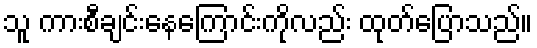
သူ ကားစီချင်းနေကြောင်းကိုလည်း ထုတ်ပြောသည်။